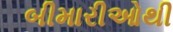
બીમારીઓથી